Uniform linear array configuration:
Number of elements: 4
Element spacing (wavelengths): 0.25
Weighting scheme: exponential
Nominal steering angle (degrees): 45
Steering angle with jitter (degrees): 45.129
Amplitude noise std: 0.05
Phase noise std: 0.05

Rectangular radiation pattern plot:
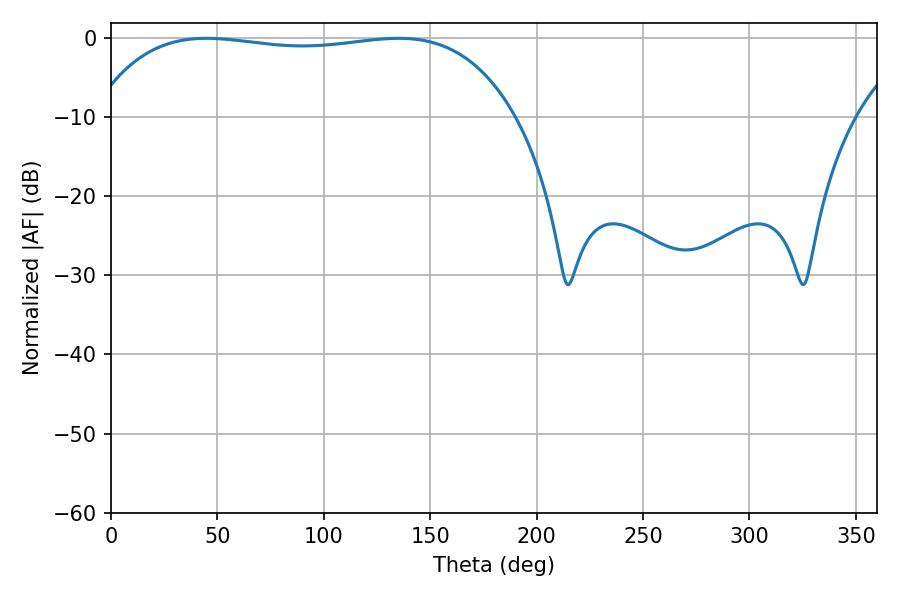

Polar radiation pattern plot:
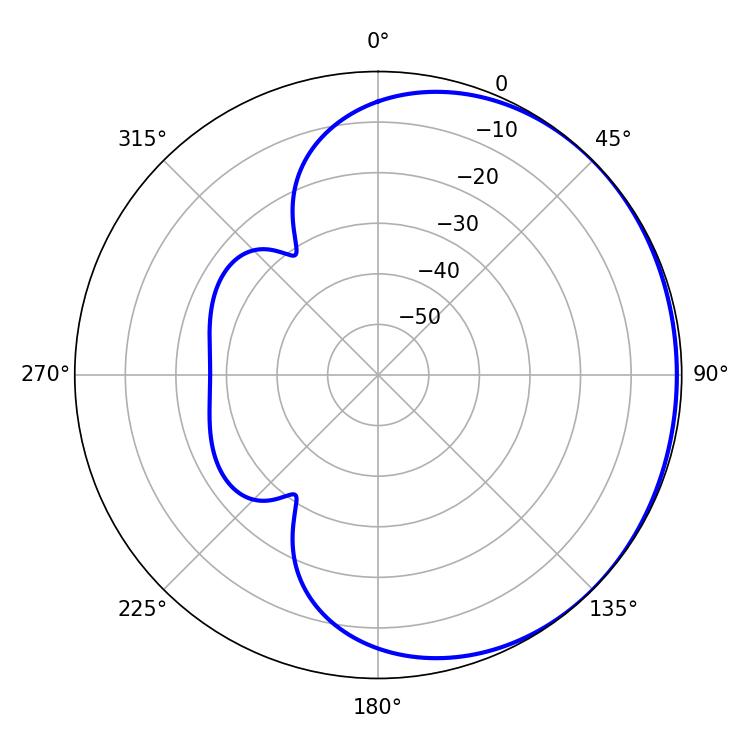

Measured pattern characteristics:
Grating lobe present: FALSE
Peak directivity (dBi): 0.6174
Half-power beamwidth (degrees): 158.04
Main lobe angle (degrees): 44.82